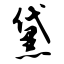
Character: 黛